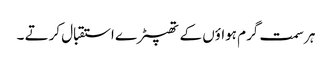
ہر سمت گرم ہواؤں کے تھپیڑے استقبال کرتے ۔